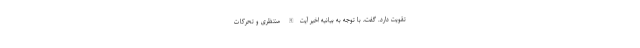
تقویت دارد. گفت، با توجه به بیانیه اخیر آیت‌الله منتظرى و تحركات